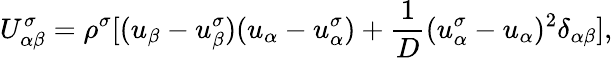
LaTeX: U_{\alpha\beta}^{\sigma}=\rho^{\sigma}[(u_{\beta}-u_{\beta}^{\sigma})(u_{\alpha}-u_{\alpha}^{\sigma})+\frac{1}{D}(u_{\alpha}^{\sigma}-u_{\alpha})^{2}\delta_{\alpha\beta}],